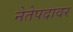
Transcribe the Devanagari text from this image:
नेतेपदावर